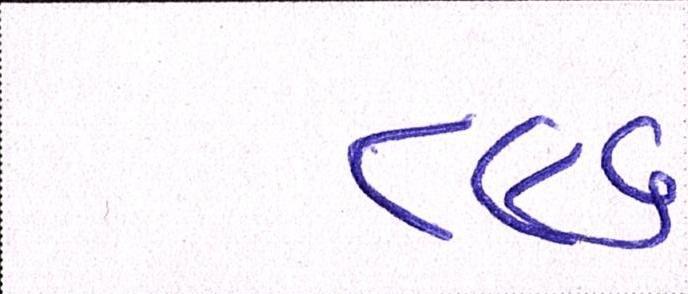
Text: ૮૯૬